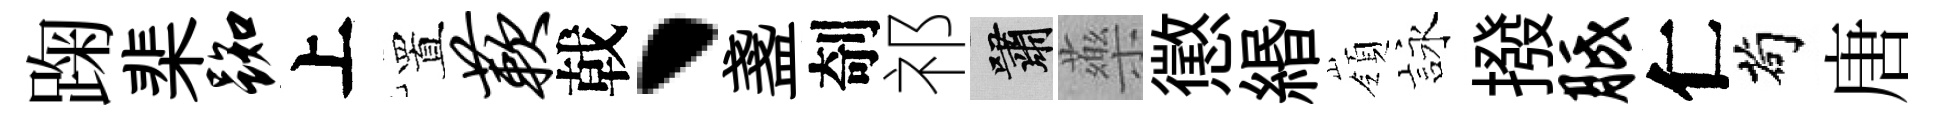
踘棐踟上置蔌戟、盞剞祁嘯藥懲緡嶺詠撥胝仁茍唐